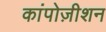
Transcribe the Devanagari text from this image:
कांपोज़ीशन